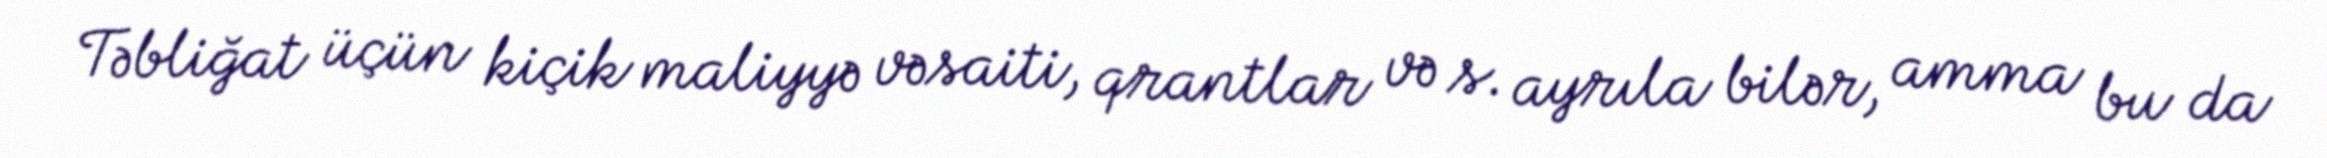
Təbliğat üçün kiçik maliyyə vəsaiti, qrantlar və s. ayrıla bilər, amma bu da